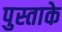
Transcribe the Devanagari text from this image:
पुस्ताके